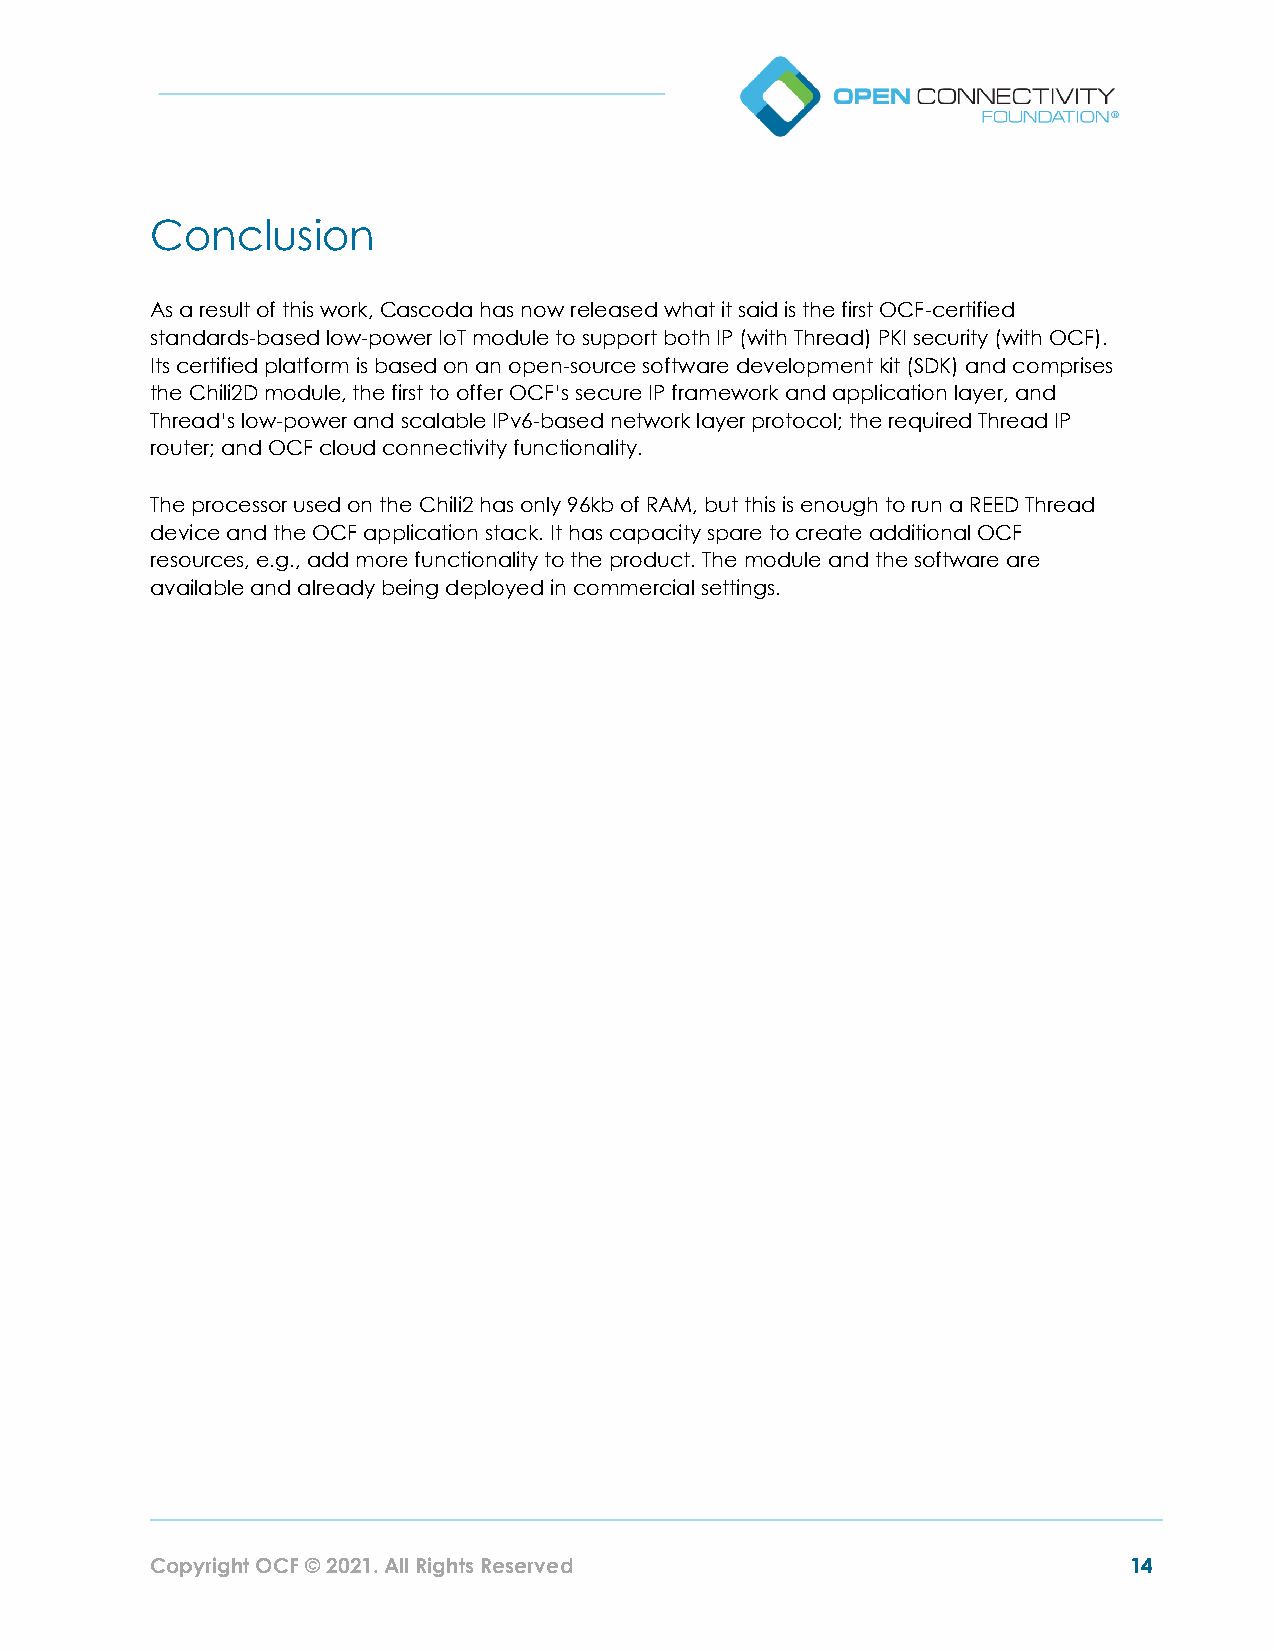
Conclusion
 As a result of this work, Cascoda has now released what it said is the first OCF-certified
 standards-based low-power IoT module to support both IP (with Thread) PKI security (with OCF).
 Its certified platform is based on an open-source software development kit (SDK) and comprises
 the Chili2D module, the first to offer OCF’s secure IP framework and application layer, and
 Thread’s low-power and scalable IPv6-based network layer protocol; the required Thread IP
 router; and OCF cloud connectivity functionality.
 The processor used on the Chili2 has only 96kb of RAM, but this is enough to run a REED Thread
 device and the OCF application stack. It has capacity spare to create additional OCF
 resources, e.g., add more functionality to the product. The module and the software are
 available and already being deployed in commercial settings.
 Copyright OCF © 2021. All Rights Reserved                        14